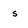
Character: s